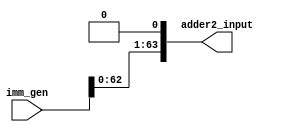
module left_shift(input [63:0]imm_gen,output [63:0]adder2_input);

assign adder2_input = imm_gen<<1;

endmodule